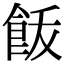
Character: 𩚿